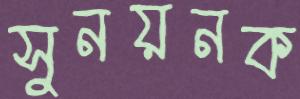
সুনয়নক